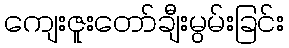
ကျေးဇူးတော်ချီးမွမ်းခြင်း